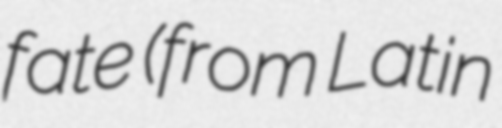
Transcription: fate (from Latin